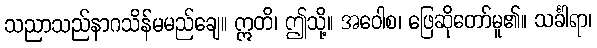
သညာသည်နာဂသိန်မမည်ချေ။ ဣတိ၊ ဤသို့။ အဝေါစ၊ ဖြေဆိုတော်မူ၏။ သင်္ခါရာ၊